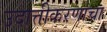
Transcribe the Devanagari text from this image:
उदात्तीकरणाचा